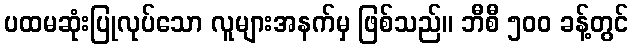
ပထမဆုံးပြုလုပ်သော လူများအနက်မှ ဖြစ်သည်။ ဘီစီ ၅၀၀ ခန့်တွင်